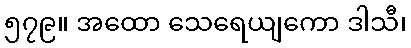
၅၇၉။ အထော သေရေယျကော ဒါသီ၊